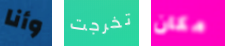
وأنا تخرجت مكان